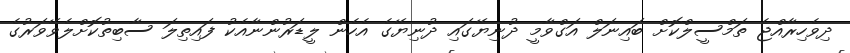
ދިވެހިރާއްޖެ ތަމްސީލްކޮށް ބައިނަލް އަގްވާމީ ދުނިޔޭގައި ދުނިޔޭގެ އެހެން ލީޑަރުންނާއެކު ފައިތިލަ ސާބިތުކޮށްލެވޭވަރުގެ